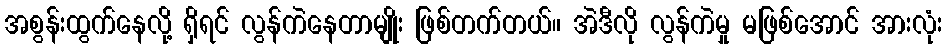
အစွန်းထွက်နေလို့ ရှိရင် လွန်ကဲနေတာမျိုး ဖြစ်တက်တယ်။ အဲဒီလို လွန်ကဲမှု မဖြစ်အောင် အားလုံး